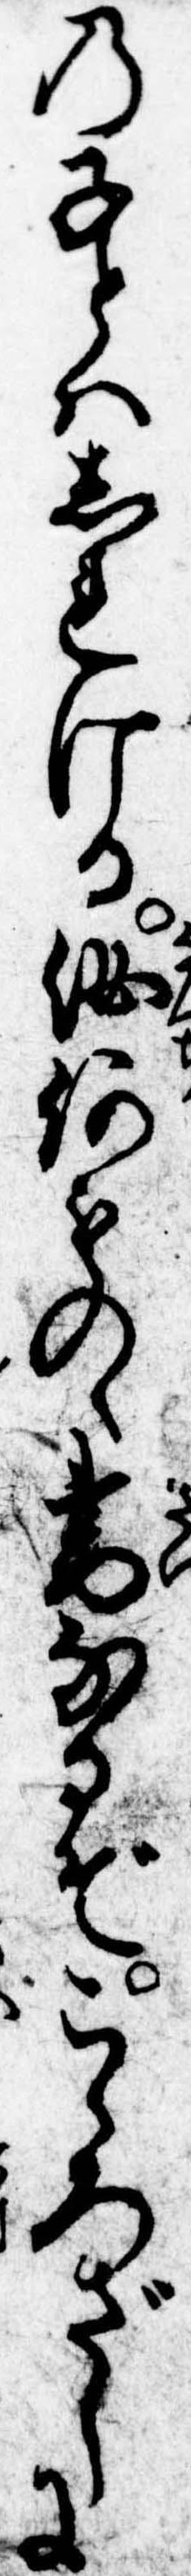
の子とはしれける汝何ものゝ妻なるぞこゝろざしに